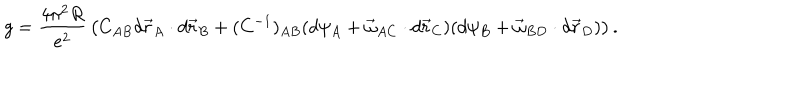
LaTeX: g = \frac { 4 \pi ^ { 2 } R } { e ^ { 2 } } \, \left( C _ { A B } d \vec { r } _ { A } \cdot d \vec { r } _ { B } + ( C ^ { - 1 } ) _ { A B } ( d \psi _ { A } + \vec { \omega } _ { A C } \cdot d \vec { r } _ { C } ) ( d \psi _ { B } + \vec { \omega } _ { B D } \cdot d \vec { r } _ { D } ) \right) .